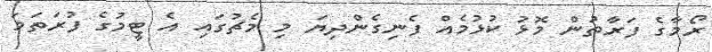
ރޯމާގެ ފަރާތުން މޮޅު ކުޅުމެއް ފެނިގެންދިޔަ މި މެޗުގައި އެ ޓީމުގެ ފުރަތަމަ